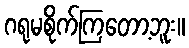
ဂရုမစိုက်ကြတော့ဘူး။